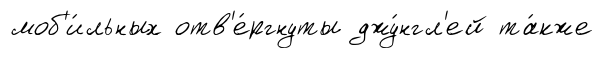
моб'и́льных отв'е́ргнуты джу́нгл'ей та́кже